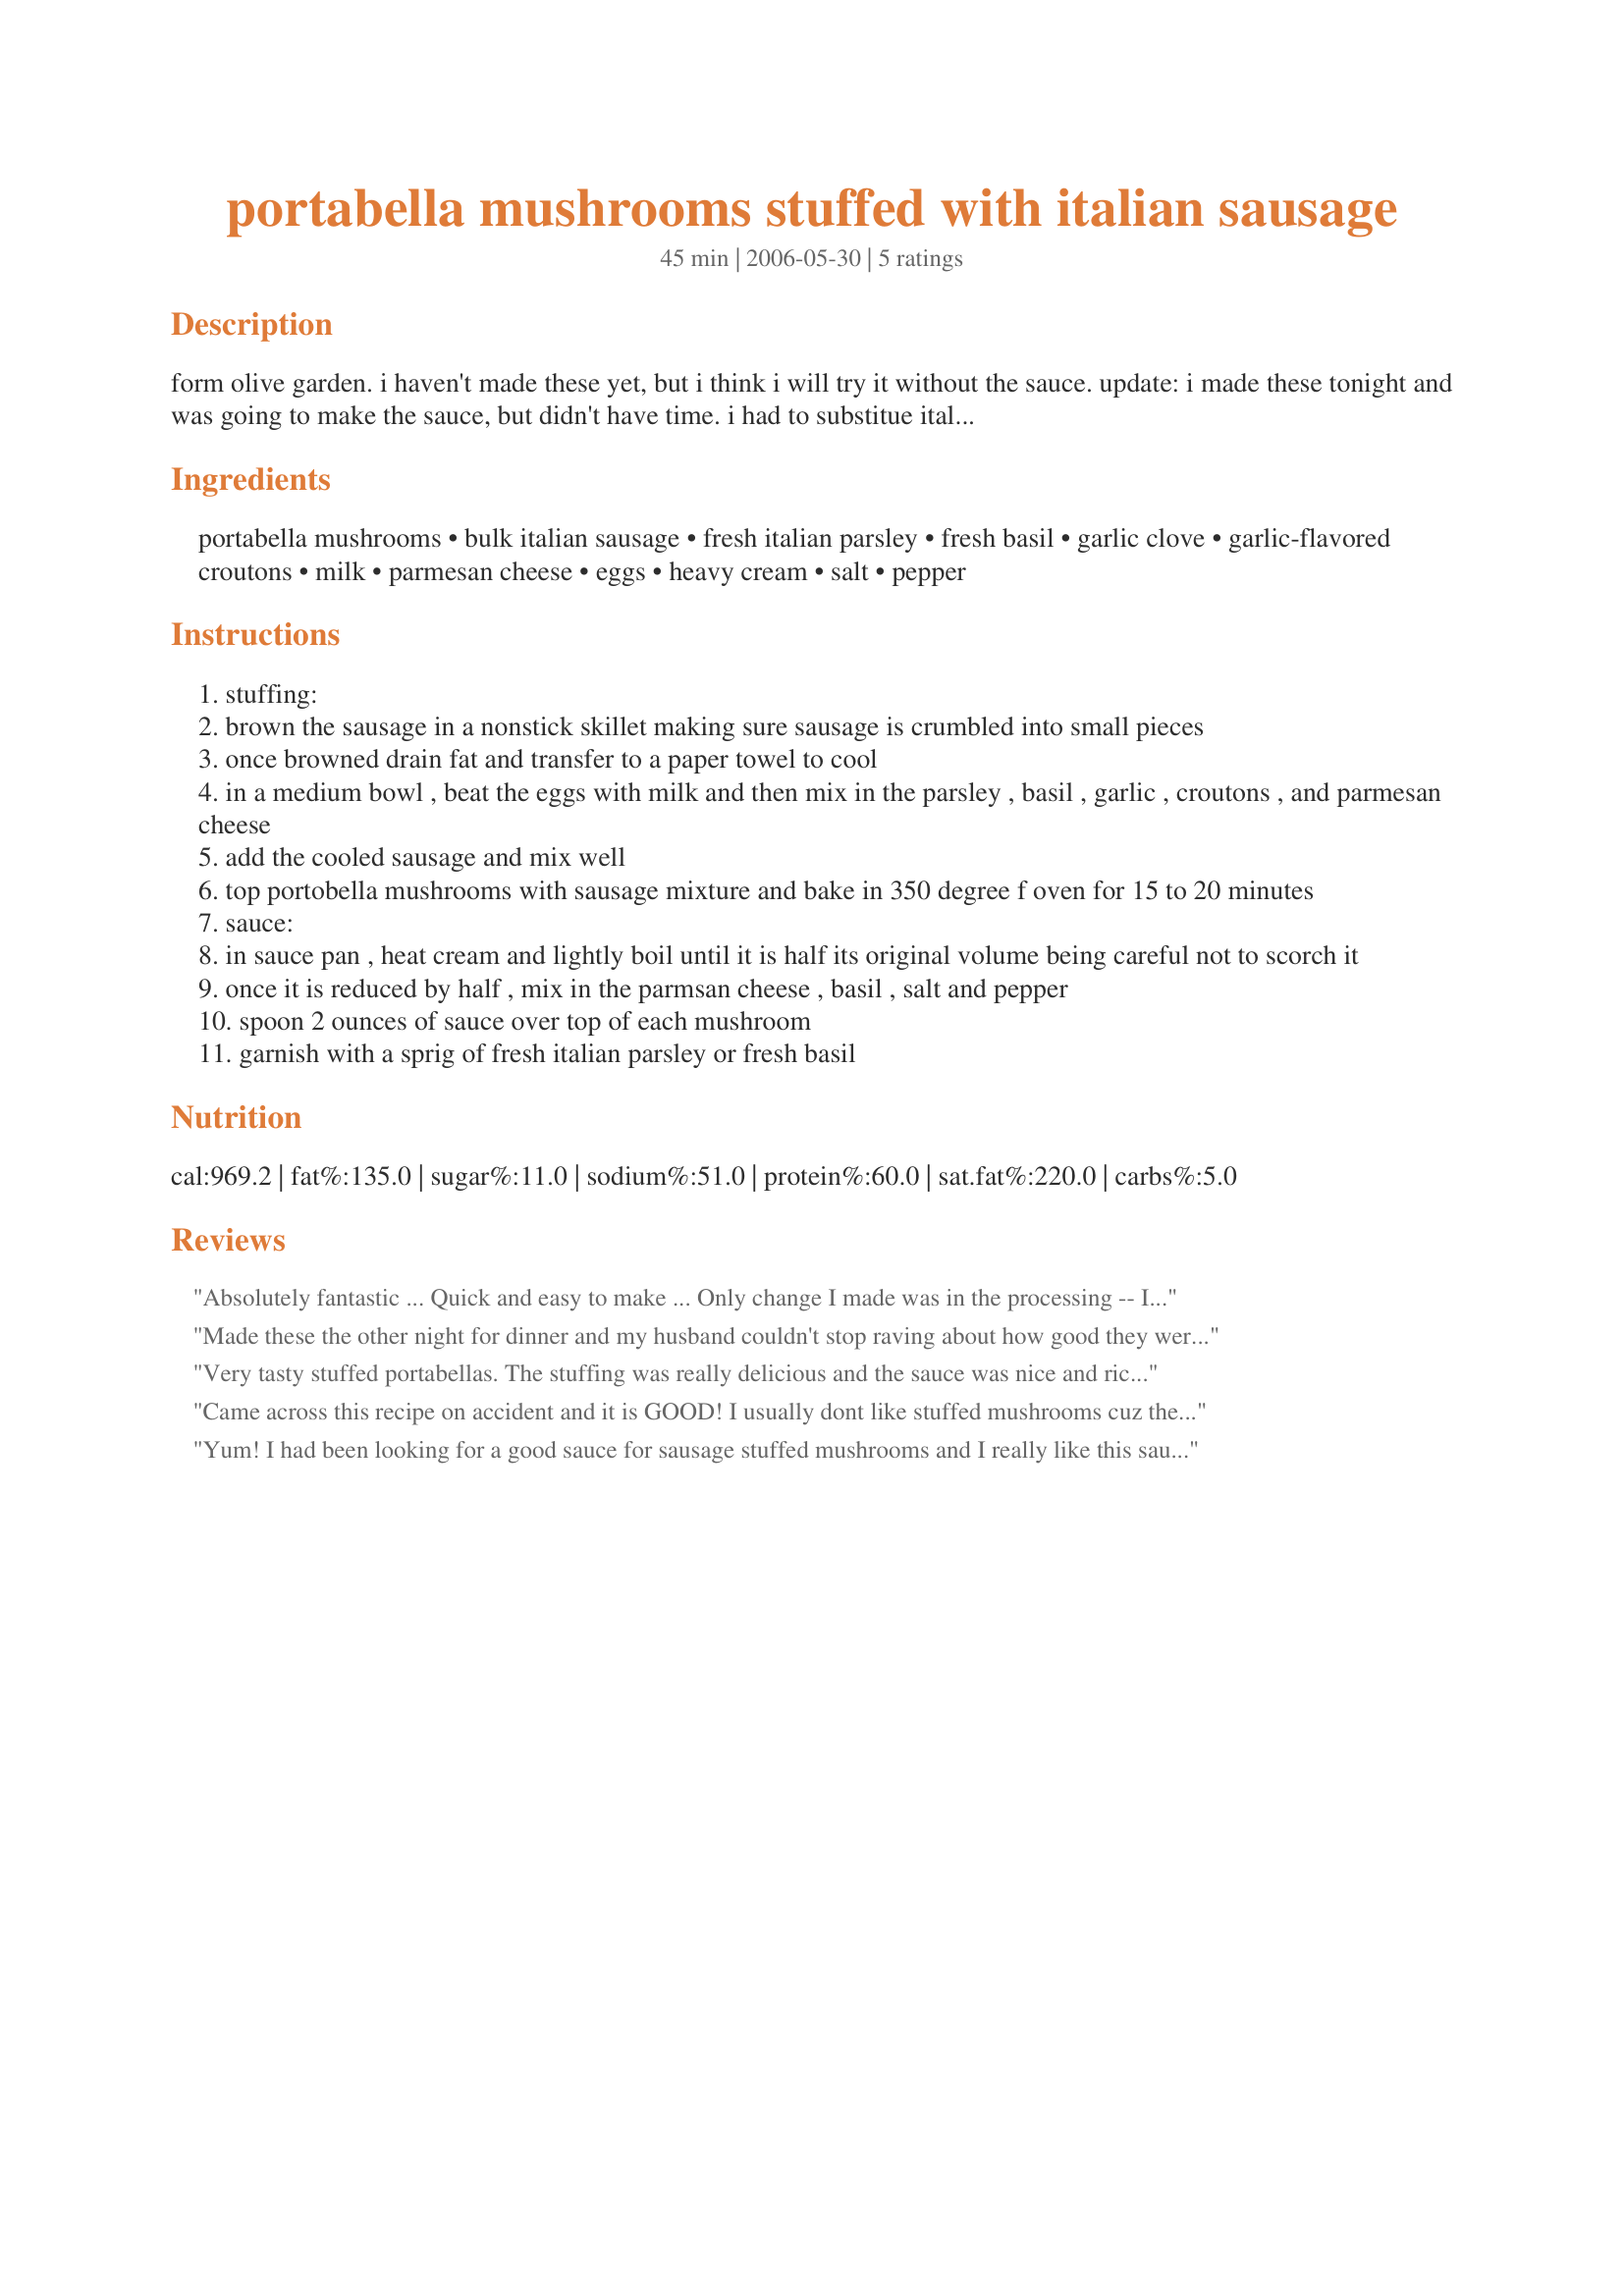
portabella mushrooms stuffed with italian sausage
Preparation time: 45 minutes

form olive garden. i haven't made these yet, but i think i will try it without the sauce. update: i made these tonight and was going to make the sauce, but didn't have time. i had to substitue italian bread crumbs for the croutons and i added chopped mushrooms stems. i also sprinkled with lemon juice after they were cooked and it was wonderful! i also used portobello and regular mushrooms-both were good!

Ingredients:
portabella mushrooms, bulk italian sausage, fresh italian parsley, fresh basil, garlic clove, garlic-flavored croutons, milk, parmesan cheese, eggs, heavy cream, salt, pepper

Steps:
stuffing:
brown the sausage in a nonstick skillet making sure sausage is crumbled into small pieces
once browned drain fat and transfer to a paper towel to cool
in a medium bowl , beat the eggs with milk and then mix in the parsley , basil , garlic , croutons , and parmesan cheese
add the cooled sausage and mix well
top portobella mushrooms with sausage mixture and bake in 350 degree f oven for 15 to 20 minutes
sauce:
in sauce pan , heat cream and lightly boil until it is half its original volume being careful not to scorch it
once it is reduced by half , mix in the parmsan cheese , basil , salt and pepper
spoon 2 ounces of sauce over top of each mushroom
garnish with a sprig of fresh italian parsley or fresh basil

Reviews:
Absolutely fantastic ... Quick and easy to make ... Only change I made was in the processing -- I ran the cooked italian sausage through the food processor real quick to make the pieces smaller. Make the stuffing ahead of time and keep in the freezer for a really quick weekday dinner.
Made these the other night for dinner and my husband couldn't stop raving about how good they were. I almost didn't make the sauce, but changed my mind and boy am I glad! They would have been great without it, but the sauce gave them a little something extra. SOOOOO YUMMY! This recipe is a keeper and something that we will be making again! Maybe use small regular mushrooms as an appetizer and Portabellas for a meal! Thanks, they are fabulous!
Very tasty stuffed portabellas. The stuffing was really delicious and the sauce was nice and rich. These mushrooms make a great entree item. Made as directed, but reduced the amount of basil in the sauce. Made for Name That Ingredient tag, May, 2013.
Came across this recipe on accident and it is GOOD! I usually dont like stuffed mushrooms cuz they tend to get soggy or something but these turned out SO good! I used italian bread crumbs and 1/2 ans 1/2 for the cream since that is what I had on hand. I also topped each one with mozzarella cheese right at the end to melt over. I bbq-ed mine with indirect heat keeping the side burners on high, turned out perfect. Oh and the sauce is VERY good and you could even make more of it, you wont be disappointed. ;) Thank you for this recipe I WILL be making it again. :)
Yum! I had been looking for a good sauce for sausage stuffed mushrooms and I really like this sauce. I used large white mushrooms and sauteed them in dry white wine and butter before stuffing. I also used homemade pesto I had in the freezer instead of fresh basil. Left out the Italian parsley. After dinner, I emailed the recipe to 5 friends. Thanks!
